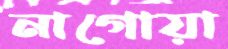
নাগোয়া